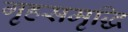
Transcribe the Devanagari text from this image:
गृहसमृद्धि